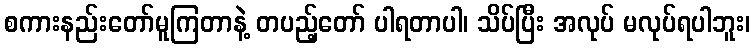
စကားနည်းတော်မူကြတာနဲ့ တပည့်တော် ပါရတာပါ၊ သိပ်ပြီး အလုပ် မလုပ်ရပါဘူး၊